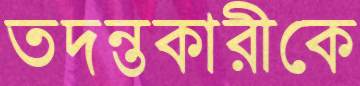
তদন্তকারীকে